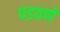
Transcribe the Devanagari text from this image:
पडवणे